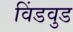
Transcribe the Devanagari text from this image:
विंडवुड